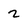
Character: 2